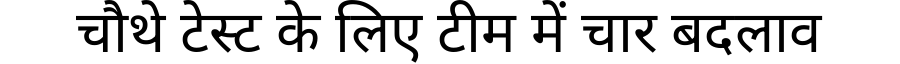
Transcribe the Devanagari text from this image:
चौथे टेस्ट के लिए टीम में चार बदलाव